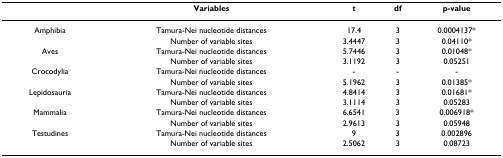
|  | Variables | t | df | p-value |
 | --- | --- | --- | --- | --- |
 | Amphibia | Tamura-Nei nucleotide distances | 17.4 | 3 | 0.0004137* |
 |  | Number of variable sites | 3.4447 | 3 | 0.04110* |
 | Aves | Tamura-Nei nucleotide distances | 5.7446 | 3 | 0.01048* |
 |  | Number of variable sites | 3.1192 | 3 | 0.05251 |
 | Crocodylia | Tamura-Nei nucleotide distances | - | - | - |
 |  | Number of variable sites | 5.1962 | 3 | 0.01385* |
 | Lepidosauria | Tamura-Nei nucleotide distances | 4.8414 | 3 | 0.01681* |
 |  | Number of variable sites | 3.1114 | 3 | 0.05283 |
 | Mammalia | Tamura-Nei nucleotide distances | 6.6541 | 3 | 0.006918* |
 |  | Number of variable sites | 2.9613 | 3 | 0.05948 |
 | Testudines | Tamura-Nei nucleotide distances | 9 | 3 | 0.002896 |
 |  | Number of variable sites | 2.5062 | 3 | 0.08723 |